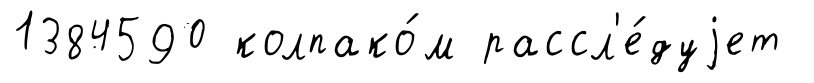
1384590 колпако́м рассл'е́дуjет